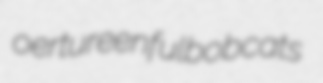
oer tureenful bobcats